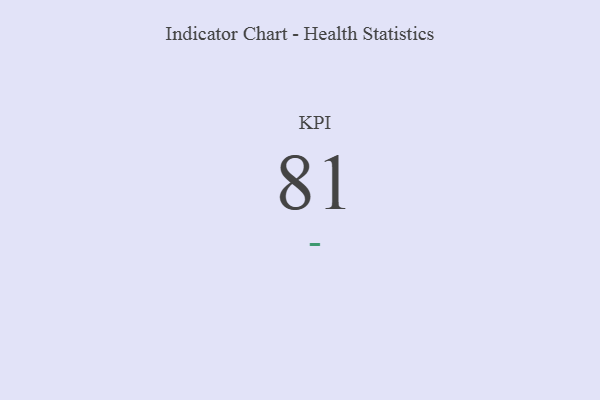
{"axis": {"x": "KPI", "y": "Value"}, "legend": [""], "data": [{"x": "KPI", "y": 81, "type": ""}]}